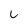
Character: 6